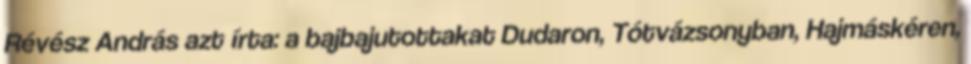
Révész András azt írta: a bajbajutottakat Dudaron, Tótvázsonyban, Hajmáskéren,